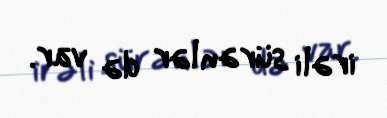
irəli sürənlər də var.